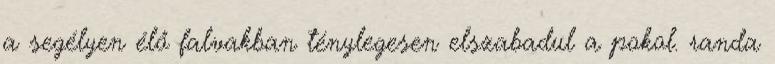
a segélyen élő falvakban ténylegesen elszabadul a pokol. randa